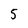
Character: 5